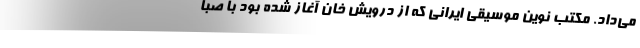
می‌داد. مکتب نوین موسیقی ایرانی که از درویش خان آغاز شده بود با صبا